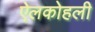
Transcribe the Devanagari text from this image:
ऐलकोहली